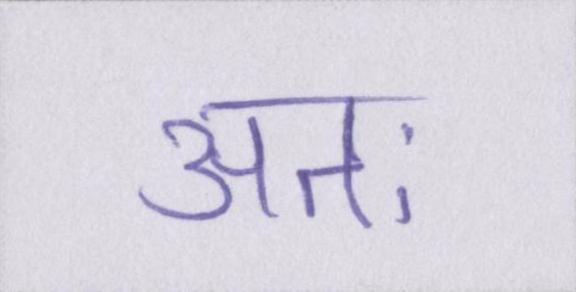
अतः